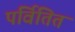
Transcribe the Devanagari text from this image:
पर्वितित